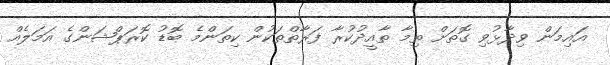
އައިމަން ވިދާޅުވި ގޮތަށް ތިމާ ތާއީދުކުރާ ފަރާތްތަކުން ކިތަންމެ ބޮޑު ކޮރަޕްޝަންގެ އަމަލެއް